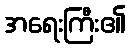
အရေးကြီး၏